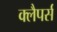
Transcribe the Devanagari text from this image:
क्लैपर्स